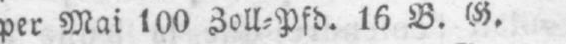
per Mai 100 Zoll⸗Pfd. 16 B. G.